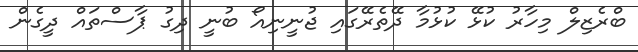
ބްރެޒިލް މިހާރު ކުޅޭ ކުޅުމާ ދޭތެރޭގައި ޖުނީނިއޯ ބުނީ ދިގު ޕާސްތައް ދީގެން